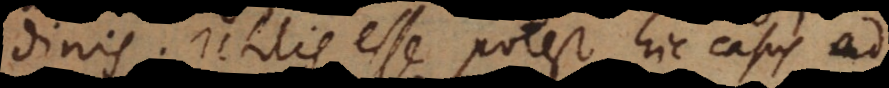
dinis. Utilis esse potest hic casus ad